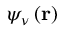
\psi _ { \nu } \left( \mathbf { r } \right)